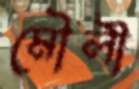
মৌলী